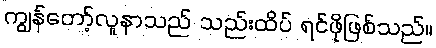
ကျွန်တော့်လူနာသည် သည်းထိပ် ရင်ဖိုဖြစ်သည်။